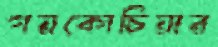
গয়কোচিয়ার